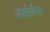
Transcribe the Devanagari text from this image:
डलोरिस